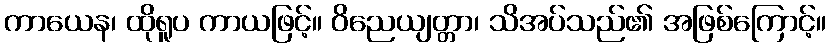
ကာယေန၊ ထိုရူပ ကာယဖြင့်။ ဝိညေယျတ္တာ၊ သိအပ်သည်၏ အဖြစ်ကြောင့်။